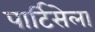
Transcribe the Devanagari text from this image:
पार्टिसेला